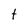
Character: t